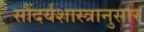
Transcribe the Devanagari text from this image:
सौंदर्यशास्त्रानुसार